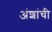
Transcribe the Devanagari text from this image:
अंशांची